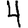
Digit: 4